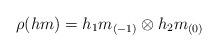
LaTeX: \begin{align*}\rho(hm)=h_1m_{(-1)}\otimes h_2m_{(0)}\end{align*}